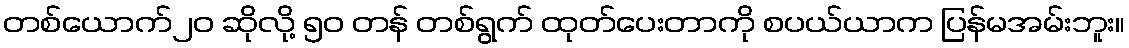
တစ်ယောက်၂၀ ဆိုလို့ ၅၀ တန် တစ်ရွက် ထုတ်ပေးတာကို စပယ်ယာက ပြန်မအမ်းဘူး။